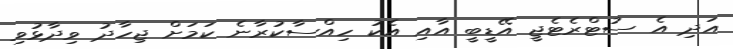
އަދި އެ ސުޓްރެޓެޖީ އޭޑީބީ އާއި އެކު ހިއްސާކުރާނެ ކަަމަށް ޖިހާދު ވިދާޅުވި